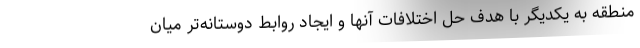
منطقه به یکدیگر با هدف حل اختلافات آنها و ایجاد روابط دوستانه‌تر میان